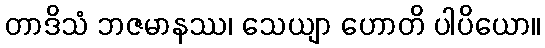
တာဒိသံ ဘဇမာနဿ၊ သေယျာ ဟောတိ ပါပိယော။